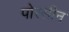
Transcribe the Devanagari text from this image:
पोरसीन